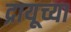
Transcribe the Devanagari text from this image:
द्रायूच्या